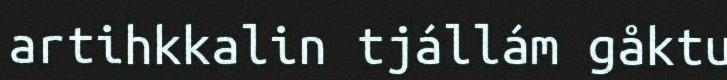
artihkkalin tjállám gåktu